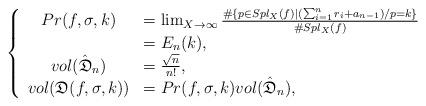
LaTeX: \begin{align*}\left\{\begin{array}{cl}Pr(f,\sigma,k)&=\lim_{X\to\infty}\frac{\#\{p\in Spl_X(f)\mid (\sum_{i=1}^n r_i+a_{n-1})/p=k\}}{\#Spl_X(f)}\\&=E_n(k),\\vol(\hat{\frak{D}}_n) &=\frac{\sqrt{n}}{n!},\\vol(\frak{D}(f,\sigma,k))&= Pr(f,\sigma,k) vol(\hat{\frak{D}}_n),\end{array}\right.\end{align*}